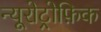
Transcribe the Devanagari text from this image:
न्यूरोट्रोफ़िक